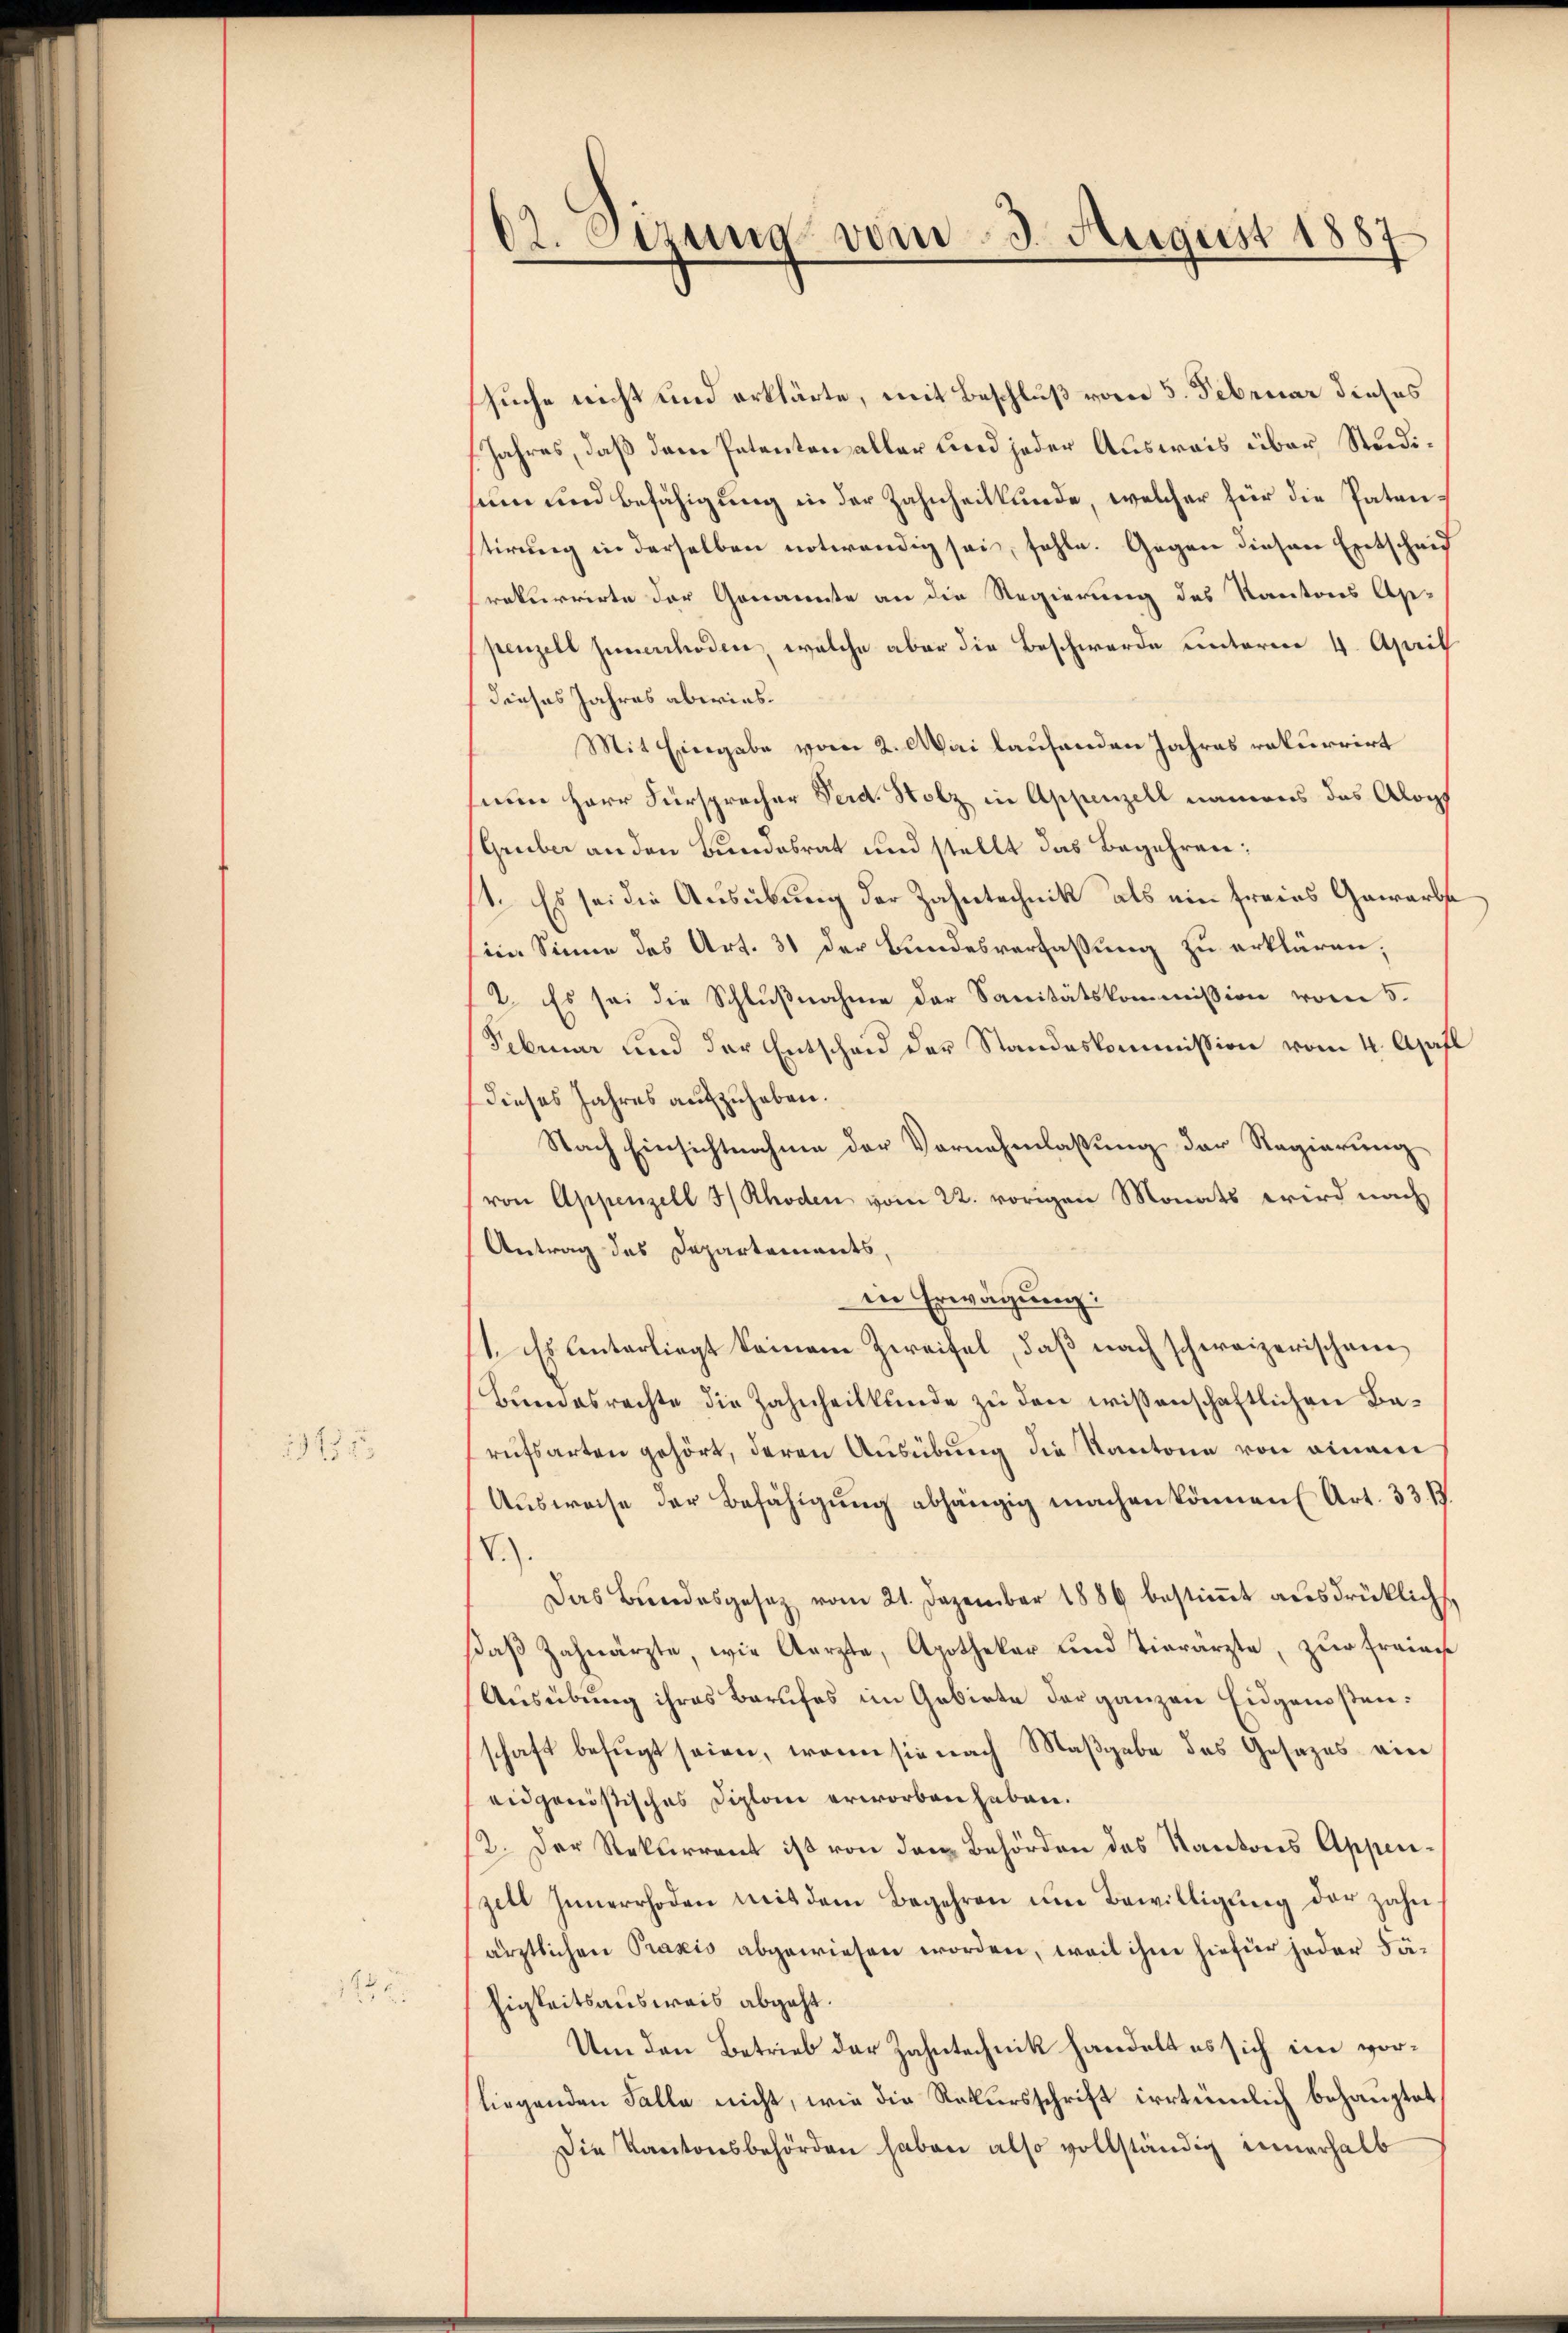
1315 f

dt. Etzung vom 3. August 1887

suche nicht und erklärte, mit Beschluß vom 5. Februar dieses
/Jahres, daß dem Petenten aller und jeder Ausweis über Strediseine und Befähigŭng in der Zahnheilkunde, welcher für die Paten-
tirung in derselben notwendig sei, fehle. Gegen diesen Entscheid
rekurrirte der Genannte an die Regierung des Kantons Ap-
penzell jenerrhoden, welche aber die Beschwerde unterm 4. April
dieses Jahres abwies.
Mit Eingabe vom 2. Mai laufenden Jahres rekurrirt
nun Herr Fürsprecher Verd. Holz in Appenzell namens das Alopf
Gruber an den Bundesrat und stellt das Begehren:
st. Es sei die Ausübung der Zahntechnik als ein freies Gewerbste
inn Sinne des Art. 31 der Bundesverfassung zu erklären,
2. Es sei die Schlußnahme der Sanitätskommission vom 5.
Februar und der Entscheid der Standeskommission vom 4. April
dieses Jahres aufzuheben.
Nach Einsichtnahme der Vornehmlassung der Regierung
(von Appenzell 3/ Rhoden vom 22. vorigen Monats wird nach
Antrag des Departements,
in Erwägung:
1. Es unterliegt keinem Zweifel, daß nach schweizerischene
Bundesrechte die Zahnheitkunde zu den wissenschaftlichen Barufsarten gehört, deren Ausübung die Kantone von einem
Aŭsweise der Befähigŭng abhängig machen können Art. 33. B.
V.).
Das Bŭndesgesetz vom 21. Dezember 1886 bestiṁt aŭsdrücklichs,
Daβ Zahnarzte, wie Aerzte, Apothekar und Tierarzte, zŭr fraines
Ausübung ihres Berufes im Gebiete der ganzen Eidgenoßen:
schaft befugt seien, wenn sie nach Maßgabe des Gesezes ein
eidgenössisches Diplon erworben haben.
2. Der Rekurrent ist von den Behörden des Kantons Appenzell Innerrhoden mit dem Begehren um Bewilligung der zahn
ärztlichen Praxis abgewiesen worden, weil ihm hiefür jeder Fähigkeitsausweis abgeht.
Um den Betrieb der Zahntechnik handelt es sich im vorliegenden Falle nicht, wie die Rekursschrift irrtümlich behauptet,
Die Kantonsbehörden haben also vollständig innerhalb